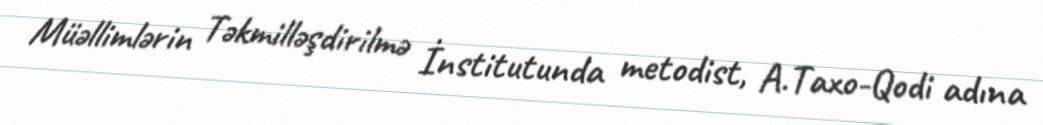
Müəllimlərin Təkmilləşdirilmə İnstitutunda metodist, A.Taxo-Qodi adına